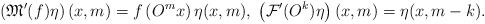
LaTeX: \begin{align*}\left(\mathfrak{M}^\prime(f)\eta\right)(x,m)=f\left( O^mx\right)\eta(x,m),\;\left( \mathcal{F}'(O^k)\eta \right)(x,m)=\eta(x,m-k).\end{align*}